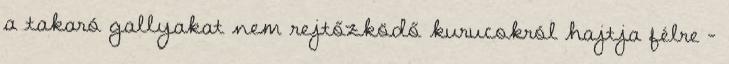
a takaró gallyakat nem rejtőzködő kurucokról hajtja félre -